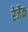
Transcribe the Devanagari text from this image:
रेजैक